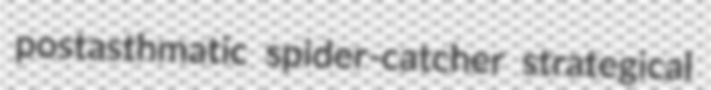
postasthmatic spider-catcher strategical